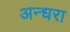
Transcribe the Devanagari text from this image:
अन्धरा